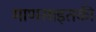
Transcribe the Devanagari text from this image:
माणसाइतकी